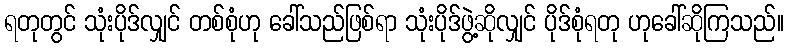
ရတုတွင် သုံးပိုဒ်လျှင် တစ်စုံဟု ခေါ်သည်ဖြစ်ရာ သုံးပိုဒ်ဖွဲ့ဆိုလျှင် ပိုဒ်စုံရတု ဟုခေါ်ဆိုကြသည်။